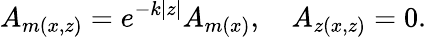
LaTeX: A_{m(x,z)}=e^{-k|z|}A_{m(x)},\quad A_{z(x,z)}=0.